Leprosy in India: report of the Leprosy Commission in India, 1890-91
Year: 1890
Disease focus: Leprosy
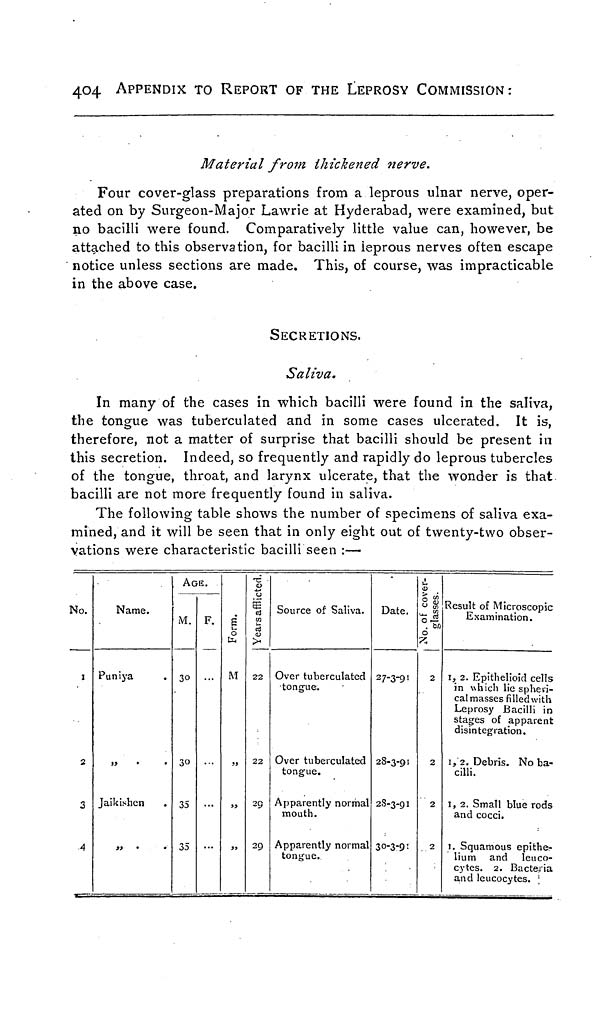
404
APPENDIX TO REPORT OF THE LEPROSY COMMISSION:
Material from thickened nerve.
Four cover-glass preparations from a leprous ulnar nerve, oper-
ated on by Surgeon-Major Lawrie at Hyderabad, were examined, but
no bacilli were found. Comparatively little value can, however, be
attached to this observation, for bacilli in ieprous nerves often escape
notice unless sections are made. This, of course, was impracticable
in the above case.
SECRETIONS.
Saliva.
In many of the cases in which bacilli were found in the saliva,
the tongue was tuberculated and in some cases ulcerated. It is,
therefore, not a matter of surprise that bacilli should be present in
this secretion. Indeed, so frequently and rapidly do leprous tubercles
of the tongue, throat, and larynx ulcerate, that the wonder is that
bacilli are not more frequently found in saliva.
The following table shows the number of specimens of saliva exa-
mined, and it will be seen that in only eight out of twenty-two obser-
vations were characteristic bacilli seen :—
No.
1
2
3
A
Name.
Puniya
Jaikishen
AGE.
M.
30
30
35
35
F. S
0
M
»
,,
,,
Years afflicted
22
22
29
29
Source of Saliva.
Over tuberculated
tongue.
Over tuberculated
tongue.
Apparently normal
mouth.
Apparently normal
tongue.
Date.
27-3-91
28-3-91
2S-3-91
30-3-91
No. of cover glasses.
2
2
2
2
Result of Microscopic
Examination.
1, 2. Epithelioid cells
in which lie spheri-
cal masses filled with
Leprosy Bacilli in
stages of apparent
disintegration.
1, 2. Debris. No ba-
cilli.
1, 2. Small blue rods
and cocci.
1. Squamous epithe-
lium and leuco-
cytes. 2. Bacteria
and leucocytes.